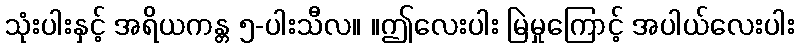
သုံးပါးနှင့် အရိယကန္တ ၅-ပါးသီလ။ ။ဤလေးပါး မြဲမှုကြောင့် အပါယ်လေးပါး